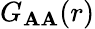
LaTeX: G_{\mathbf{A}\mathbf{A}}(r)